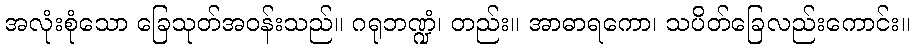
အလုံးစုံသော ခြေသုတ်အဝန်းသည်။ ဂရုဘဏ္ဍံ၊ တည်း။ အာဓာရကော၊ သပိတ်ခြေလည်းကောင်း။